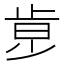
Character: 𣥶